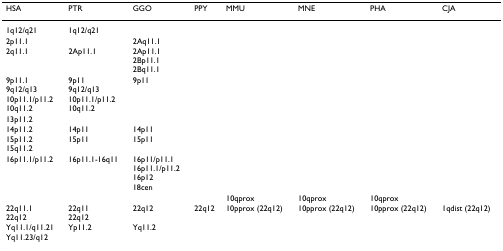
<table><thead><tr><td><b>HSA</b></td><td><b>PTR</b></td><td><b>GGO</b></td><td><b>PPY</b></td><td><b>MMU</b></td><td><b>MNE</b></td><td><b>PHA</b></td><td><b>CJA</b></td></tr></thead><tbody><tr><td>1q12/q21</td><td>1q12/q21</td><td></td><td></td><td></td><td></td><td></td><td></td></tr><tr><td>2p11.1</td><td></td><td>2Aq11.1</td><td></td><td></td><td></td><td></td><td></td></tr><tr><td>2q11.1</td><td>2Ap11.1</td><td>2Ap11.12Bp11.12Bq11.1</td><td></td><td></td><td></td><td></td><td></td></tr><tr><td>9p11.19q12/q13</td><td>9p119q12/q13</td><td>9p11</td><td></td><td></td><td></td><td></td><td></td></tr><tr><td>10p11.1/p11.210q11.2</td><td>10p11.1/p11.210q11.2</td><td></td><td></td><td></td><td></td><td></td><td></td></tr><tr><td>13p11.2</td><td></td><td></td><td></td><td></td><td></td><td></td><td></td></tr><tr><td>14p11.2</td><td>14p11</td><td>14p11</td><td></td><td></td><td></td><td></td><td></td></tr><tr><td>15p11.215q11.2</td><td>15p11</td><td>15p11</td><td></td><td></td><td></td><td></td><td></td></tr><tr><td>16p11.1/p11.2</td><td>16p11.1-16q11</td><td>16p11/p11.116p11.1/p11.216p12</td><td></td><td></td><td></td><td></td><td></td></tr><tr><td></td><td></td><td>18cen</td><td></td><td></td><td></td><td></td><td></td></tr><tr><td></td><td></td><td></td><td></td><td>10qprox</td><td>10qprox</td><td>10qprox</td><td></td></tr><tr><td>22q11.122q12</td><td>22q1122q12</td><td>22q12</td><td>22q12</td><td>10pprox (22q12)</td><td>10pprox (22q12)</td><td>10pprox (22q12)</td><td>1qdist (22q12)</td></tr><tr><td>Yq11.1/q11.21Yq11.23/q12</td><td>Yp11.2</td><td>Yq11.2</td><td></td><td></td><td></td><td></td><td></td></tr></tbody></table>